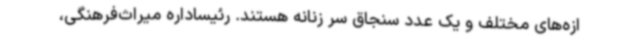
ازه‌های مختلف و یک عدد سنجاق سر زنانه هستند. رئیساداره میراث‌فرهنگی،